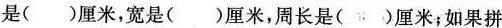
是( )厘米，宽是( )厘米，周长是( )厘米；如果拼